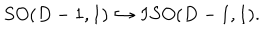
LaTeX: S O ( D - 1 , 1 ) \hookrightarrow I S O ( D - 1 , 1 ) .